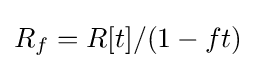
R_{f}=R[t]/(1-ft)